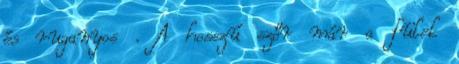
és ruganyos . A hosszú szőr már a fülek